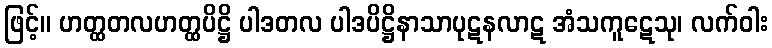
ဖြင့်။ ဟတ္ထတလဟတ္ထပိဋ္ဌိ ပါဒတလ ပါဒပိဋ္ဌိနာသာပုဋနလာဋ အံသကူဋေသု၊ လက်ဝါး